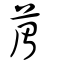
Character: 葿